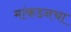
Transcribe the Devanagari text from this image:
मांकडनचा